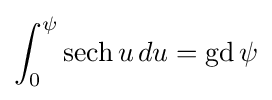
\int _{0}^{\psi }\operatorname {sech} u\,du=\operatorname {gd} \psi